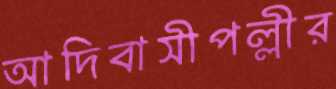
আদিবাসীপল্লীর